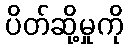
ပိတ်ဆို့မှုကို